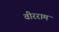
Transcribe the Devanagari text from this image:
वीरराम